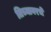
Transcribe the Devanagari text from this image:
तिच्यावरचे